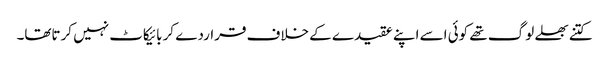
کتنے بھلے لوگ تھے کوئی اسے اپنے عقیدے کے خلاف قراردے کر بائیکاٹ نہیں کرتاتھا۔